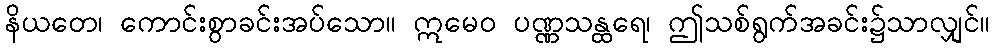
နိယတေ၊ ကောင်းစွာခင်းအပ်သော။ ဣမေဝ ပဏ္ဏသန္ထရေ၊ ဤသစ်ရွက်အခင်း၌သာလျှင်။